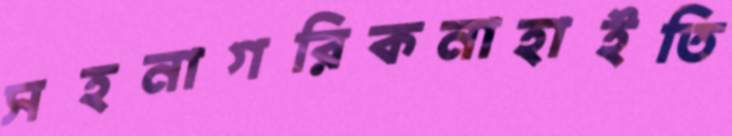
সহনাগরিকনাহাইতি